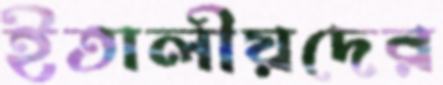
ইতালীয়দের